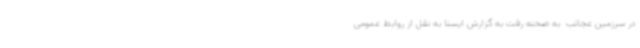
در سرزمین عجائب  به صحنه رفت به گزارش ایسنا به نقل از روابط عمومی